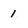
Character: 1